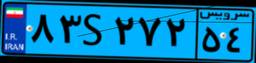
۸۳S۲۷۲۵۴